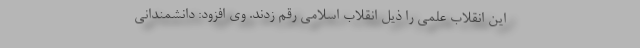
این انقلاب علمی را ذیل انقلاب اسلامی رقم زدند. وی افزود: دانشمندانی